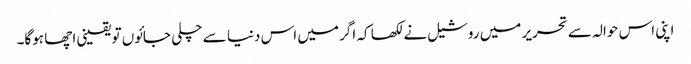
اپنی اس حوالہ سے تحریر میں روشیل نے لکھا کہ اگر میں اس دنیا سے چلی جائوں تو یقینی اچھا ہوگا۔